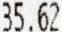
35.62